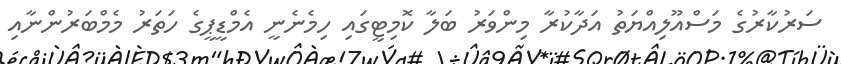
ސަރުކާރުގެ މަސްއޫލިއްޔަތު އަދާކުރާ މިންވަރު ބަލާ ކޮމިޓީގައި ހިމެނެނީ އެމްޑީޕީގެ ހަތަރު މެމްބަރުންނާއި